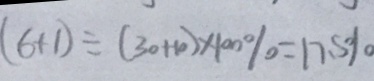
( 6 + 1 ) \div ( 3 0 + 1 0 ) \times 1 0 0 \% = 1 7 . 5 \%